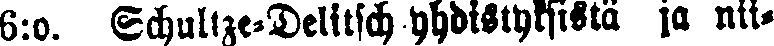
6:o. Schultze-Delitsch-yhdistyksistä ja nii-